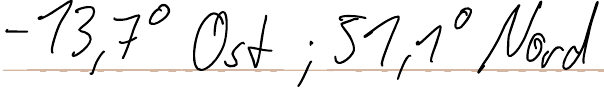
- 13,7° Ost ; 31,1° Nord